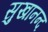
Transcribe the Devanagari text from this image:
सुखानन्द